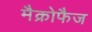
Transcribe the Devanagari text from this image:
मैक्रोफैज